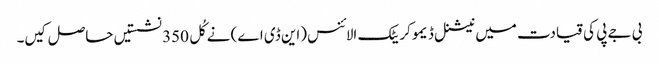
بی جے پی کی قیادت میں نیشنل ڈیموکریٹک الائنس (این ڈی اے) نے کُل 350 نشستیں حاصل کیں۔